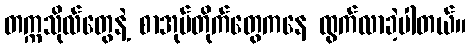
တက္ကသိုလ်တွေနဲ့ စာအုပ်တိုက်တွေကနေ ထွက်လာခဲ့ပါတယ်။